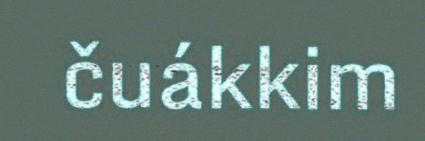
čuákkim